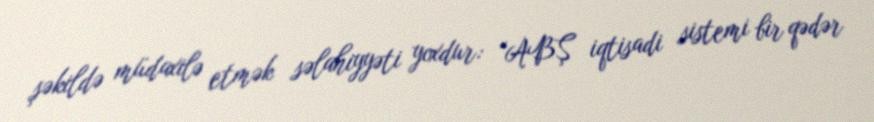
şəkildə müdaxilə etmək səlahiyyəti yoxdur: “ABŞ iqtisadi sistemi bir qədər